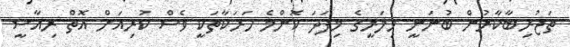
ތަޖުރިބާކާރުން ބުނަނީ ހިލަރީގެ މިފަދަ ކޮންމެ ހަރަކާތަކީ ވެސް ކުރިއަށް އޮތް ރިއާސީ